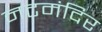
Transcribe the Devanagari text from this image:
नटमंदिर